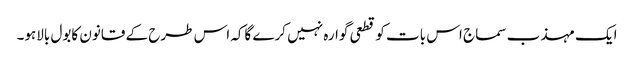
ایک مہذب سماج اس بات کوقطعی گوارہ نہیں کرے گاکہ اس طرح کے قانون کابول بالاہو۔